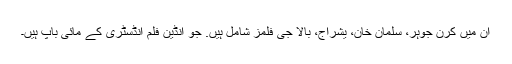
ان میں کرن جوہر، سلمان خان، یشراج، بالا جی فلمز شامل ہیں. جو انڈین فلم انڈسٹری کے مائی باپ ہیں۔